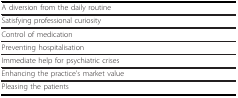
<table><thead><tr><td><b>A diversion from the daily routine</b></td></tr></thead><tbody><tr><td>Satisfying professional curiosity</td></tr><tr><td>Control of medication</td></tr><tr><td>Preventing hospitalisation</td></tr><tr><td>Immediate help for psychiatric crises</td></tr><tr><td>Enhancing the practice&#x27;s market value</td></tr><tr><td>Pleasing the patients</td></tr></tbody></table>